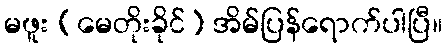
မဖူး (မေတိုးခိုင်) အိမ်ပြန်ရောက်ပါပြီ။